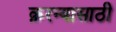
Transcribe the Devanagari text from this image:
क़रन्यासाठी